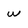
Character: w